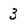
Character: 3